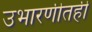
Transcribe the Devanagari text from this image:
उभारणीतही